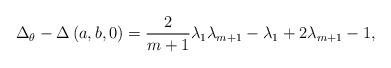
LaTeX: \begin{align*}\Delta_\theta - \Delta \left( a,b,0 \right) = \frac{2}{m+1} \lambda_1 \lambda_{m+1} - \lambda_1 + 2 \lambda_{m+1} -1 ,\end{align*}